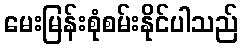
မေးမြန်းစုံစမ်းနိုင်ပါသည်